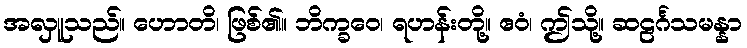
အလှူသည်။ ဟောတိ၊ ဖြစ်၏။ ဘိက္ခဝေ၊ ရဟန်းတို့။ ဧဝံ၊ ဤသို့။ ဆဠင်္ဂသမန္နာ